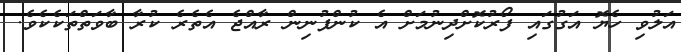
އަލުވި ހެޔޮ އަގުގައި ފޯރުކޮށްދިނުމަށް އެ ކުންފުނިން ރާއްޖެ އެތެރެ ކުރާ ބާވަތްތަކެކެވެ.